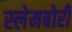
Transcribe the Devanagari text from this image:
स्‍लेमबोरी